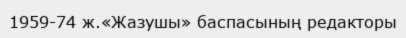
1959-74 ж.«Жазушы» баспасының редакторы